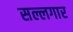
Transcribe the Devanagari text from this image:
सल्लगार